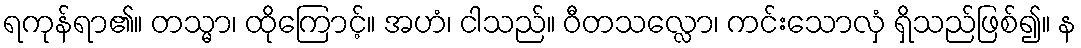
ရကုန်ရာ၏။ တသ္မာ၊ ထိုကြောင့်။ အဟံ၊ ငါသည်။ ဝီတသလ္လော၊ ကင်းသောလှံ ရှိသည်ဖြစ်၍။ န